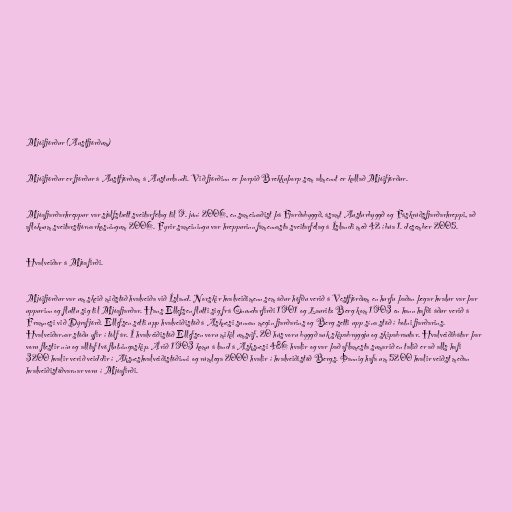
Mjóifjörður (Austfjörðum)

Mjóifjörður er fjörður á Austfjörðum á Austurlandi. Við fjörðinn er þorpið Brekkuþorp sem almennt er kallað Mjóifjörður.

Mjóafjarðarhreppur var sjálfstætt sveitarfélag til 9. júní 2006, en sameinaðist þá Fjarðabyggð, ásamt Austurbyggð og Fáskrúðsfjarðarhreppi, að
afloknum sveitarstjórnarkosningum 2006. Fyrir sameiningu var hreppurinn fámennasta sveitarfélag á Íslandi með 42 íbúa 1. desember 2005.

Hvalveiðar á Mjóafirði.

Mjóifjörður var um skeið miðstöð hvalveiða við Ísland. Norskir hvalveiðimenn sem áður höfðu verið á Vestfjörðum en hurfu þaðan þegar hvalur var þar
uppurinn og fluttu sig til Mjóafjarðar. Hans Ellefsen flutti sig frá Önundarfirði 1901 og Lauritz Berg kom 1903 en hann hafði áður verið á
Framnesi við Dýrafjörð. Ellefsen setti upp hvalveiðistöð á Asknesi sunnan megin fjarðarins og Berg setti upp sína stöð í botni fjarðarins.
Hvalveiðarnar stóðu yfir í tólf ár. Í hvalveiðistöð Ellefsen voru mikil umsvif, 20 hús voru byggð auk skipabryggju og skipabrautar. Hvalveiðibátar þar
voru flestir níu og alltaf tvö flutningaskip. Árið 1903 komu á land á Asksnesi 486 hvalir og var það aflamesta sumarið en talið er að alls hafi
3200 hvalir verið veiddir í Aksneshvalveiðistöðinni og rúmlega 2000 hvalir í hvalveiðistöð Bergs. Þannig hafa um 5200 hvalir veiðst meðan
hvalveiðistöðvarnar voru í Mjóafirði.